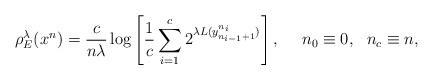
LaTeX: \begin{align*}\rho_E^\lambda(x^n)=\frac{c}{n\lambda}\log\left[\frac{1}{c}\sum_{i=1}^c2^{\lambda L(y_{n_{i-1}+1}^{n_i})}\right],~~~~n_0\equiv 0,~~n_c\equiv n,\end{align*}